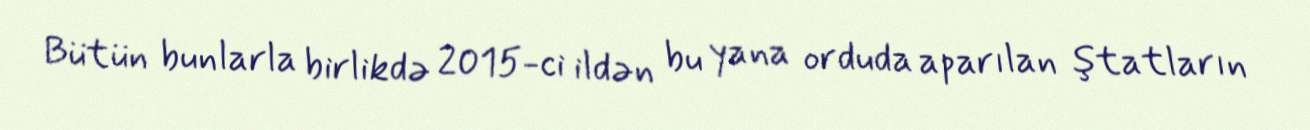
Bütün bunlarla birlikdə 2015-ci ildən bu yana orduda aparılan ştatların